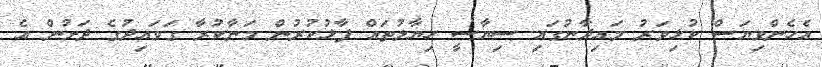
އެހެންވިޔަސް ކުޅިވަރު މައިދާނުގައި ސިޔާސީ ހިޔާލުތައް ފާޅުކުރުން މަނާކުރާ ގަވައިދުގެ ދަށުން އެ